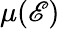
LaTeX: \mu(\mathscr{E})